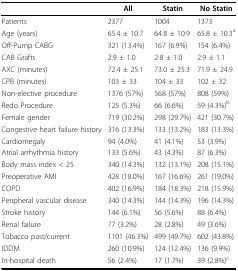
<table><thead><tr><td></td><td><b>All</b></td><td><b>Statin</b></td><td><b>No Statin</b></td></tr></thead><tbody><tr><td>Patients</td><td>2377</td><td>1004</td><td>1373</td></tr><tr><td>Age (years)</td><td>65.4 ± 10.7</td><td>64.8 ± 10.9</td><td>65.8 ± 10.3<sup>a</sup></td></tr><tr><td>Off-Pump CABG</td><td>321 (13.4%)</td><td>167 (6.9%)</td><td>154 (6.4%)</td></tr><tr><td>CAB Grafts</td><td>2.9 ± 1.0</td><td>2.8 ± 1.0</td><td>2.9 ± 1.1</td></tr><tr><td>AXC (minutes)</td><td>72.4 ± 25.1</td><td>73.0 ± 25.3</td><td>71.9 ± 24.9</td></tr><tr><td>CPB (minutes)</td><td>103 ± 33</td><td>104 ± 33</td><td>102 ± 32</td></tr><tr><td>Non-elective procedure</td><td>1376 (57%)</td><td>568 (57%)</td><td>808 (59%)</td></tr><tr><td>Redo Procedure</td><td>125 (5.3%)</td><td>66 (6.6%)</td><td>59 (4.3%)<sup>b</sup></td></tr><tr><td>Female gender</td><td>719 (30.2%)</td><td>298 (29.7%)</td><td>421 (30.7%)</td></tr><tr><td>Congestive heart failure history</td><td>316 (13.3%)</td><td>133 (13.2%)</td><td>183 (13.3%)</td></tr><tr><td>Cardiomegaly</td><td>94 (4.0%)</td><td>41 (4.1%)</td><td>53 (3.9%)</td></tr><tr><td>Atrial arrhythmia history</td><td>133 (5.6%)</td><td>43 (4.3%)</td><td>87 (6.3%)</td></tr><tr><td>Body mass index &lt; 25</td><td>340 (14.3%)</td><td>132 (13.1%)</td><td>208 (15.1%)</td></tr><tr><td>Preoperative AMI</td><td>428 (18.0%)</td><td>167 (16.6%)</td><td>261 (19.0%)</td></tr><tr><td>COPD</td><td>402 (16.9%)</td><td>184 (18.3%)</td><td>218 (15.9%)</td></tr><tr><td>Peripheral vascular disease</td><td>340 (14.3%)</td><td>144 (14.3%)</td><td>196 (14.3%)</td></tr><tr><td>Stroke history</td><td>144 (6.1%)</td><td>56 (5.6%)</td><td>88 (6.4%)</td></tr><tr><td>Renal failure</td><td>77 (3.2%)</td><td>28 (2.8%)</td><td>49 (3.6%)</td></tr><tr><td>Tobacco past/current</td><td>1101 (46.3%)</td><td>499 (49.7%)</td><td>602 (43.8%)</td></tr><tr><td>IDDM</td><td>260 (10.9%)</td><td>124 (12.4%)</td><td>136 (9.9%)</td></tr><tr><td>In-hospital death</td><td>56 (2.4%)</td><td>17 (1.7%)</td><td>39 (2.8%)<sup>c</sup></td></tr></tbody></table>